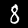
Label: 8